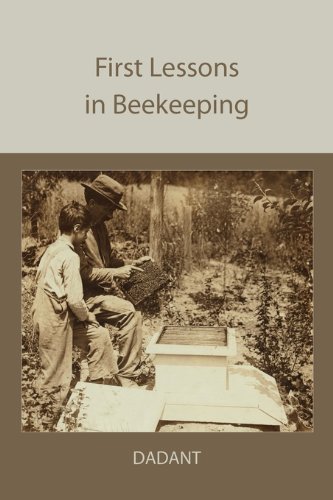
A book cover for First Lessons in Beekeeping; C. P. Dadant; Crafts, Hobbies & Home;